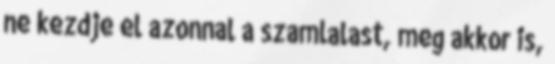
ne kezdje el azonnal a szamlalast, meg akkor is,